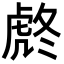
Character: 𧆼